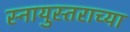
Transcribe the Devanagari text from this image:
स्नायुस्तराच्या